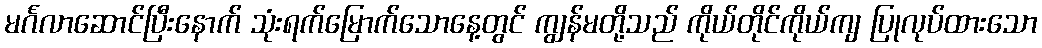
မင်္ဂလာဆောင်ပြီးနောက် သုံးရက်မြောက်သောနေ့တွင် ကျွန်မတို့သည် ကိုယ်တိုင်ကိုယ်ကျ ပြုလုပ်ထားသော